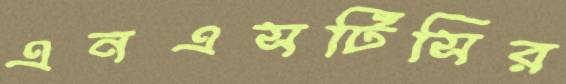
এনএসটিসির